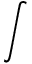
\int